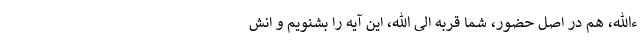
ءالله، هم در اصل حضور، شما قربه الی الله، این آیه را بشنویم و انش